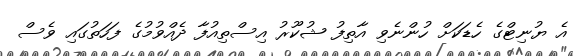
އެ ޔުނިޓްގެ ހެޑަކަށް ހުންނެވި އާތިފު ޝުކޫރު އިސްތިއުފާ ދެއްވުމުގެ ފަހަތުގައި ވެސް